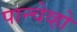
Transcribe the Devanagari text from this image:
पान्चेव्हो